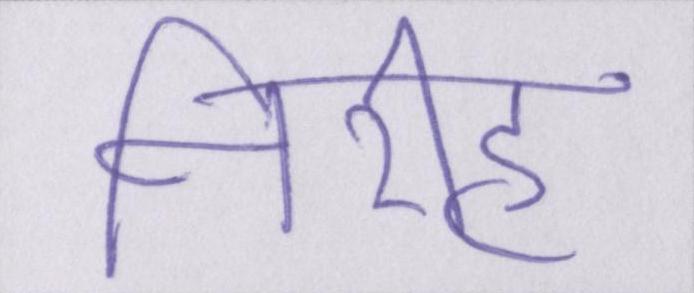
निरीह